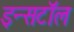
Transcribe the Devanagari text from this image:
इन्सटॉल